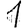
Digit: 1